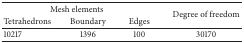
| <COLSPAN=3> Mesh elements | <ROWSPAN=2> Degree of freedom |
 | Tetrahedrons | Boundary | Edges |
 | --- | --- | --- | --- |
 | 10217 | 1396 | 100 | 30170 |